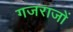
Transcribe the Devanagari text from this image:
गजराजों